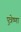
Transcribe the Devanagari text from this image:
पुत्रेष्णा